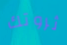
ثروتك